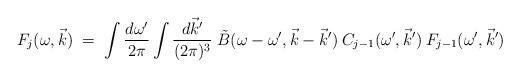
LaTeX: \begin{align*}F_j(\omega, \vec{k}) \;=\; \int \frac{d\omega^\prime}{2 \pi}\int\frac{ d\vec{k}^\prime}{(2 \pi)^3} \; \tilde{B}(\omega - \omega^\prime, \vec{k}-\vec{k}^\prime) \:C_{j-1}(\omega^\prime, \vec{k}^\prime) \:F_{j-1}(\omega^\prime, \vec{k}^\prime) \end{align*}